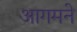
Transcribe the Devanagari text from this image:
आगमने